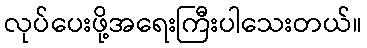
လုပ်ပေးဖို့အရေးကြီးပါသေးတယ်။